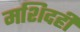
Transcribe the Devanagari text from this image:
मशिदही